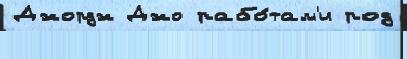
Джордж Джо рабо́там'и род